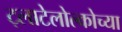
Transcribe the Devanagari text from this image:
ट्लाटेलोल्कोच्या